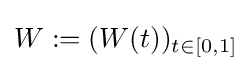
W:=(W(t))_{t\in [0,1]}